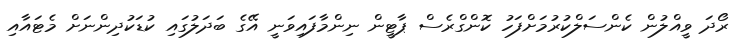
ރޯދަ ވީއްލުން ކެންސަލްކުރުމަށްފަހު ކޮންގްރެސް ޕާޓީން ނިންމާފައިވަނީ އޭގެ ބަދަލުގައި ކުޑަކުދިންނަށް މެޓައާއި